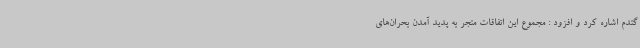
گندم اشاره کرد و افزود : مجموع این اتفاقات منجر به پدید آمدن بحران‌های